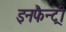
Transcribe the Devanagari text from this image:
इनफैन्ट्री